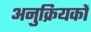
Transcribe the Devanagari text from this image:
अनुक्रियकों